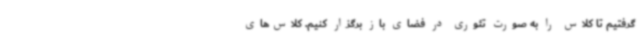
گرفتیم تا کلاس را به صورت تئوری در فضای باز برگزار کنیم. کلاس‌های